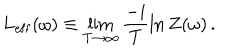
L _ { \mathrm { e f f } } ( \omega ) \equiv \lim _ { T \to \infty } \frac { - i } { T } \ln Z ( \omega ) \, .